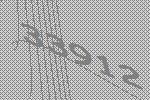
33912